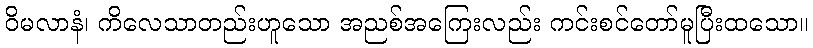
ဝိမလာနံ၊ ကိလေသာတည်းဟူသော အညစ်အကြေးလည်း ကင်းစင်တော်မူပြီးထသော။